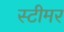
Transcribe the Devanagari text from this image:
स्‍टीमर